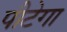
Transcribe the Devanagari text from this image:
पीटेगा